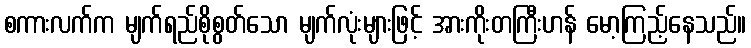
စကားလက်က မျက်ရည်စိုစွတ်သော မျက်လုံးများဖြင့် အားကိုးတကြီးဟန် မော့ကြည့်နေသည်။